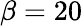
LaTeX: \beta=20